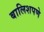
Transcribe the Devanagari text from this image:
बालिशपणे